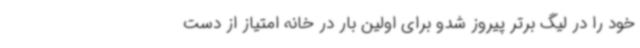
خود را در لیگ برتر پیروز شدو برای اولین بار در خانه امتیاز از دست